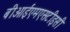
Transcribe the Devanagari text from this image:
बीआईएमएसटीइसी